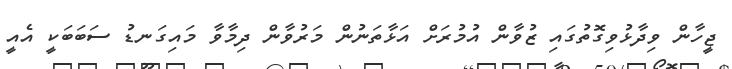
ޖީހާން ވިދާޅުވިގޮތުގައި ޒުވާން އުމުރަށް އަޅާތަނުން މަރުވާން ދިމާވާ މައިގަނޑު ސަބަބަކީ އެއީ